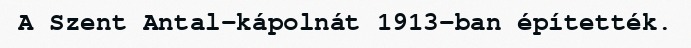
A Szent Antal-kápolnát 1913-ban építették.